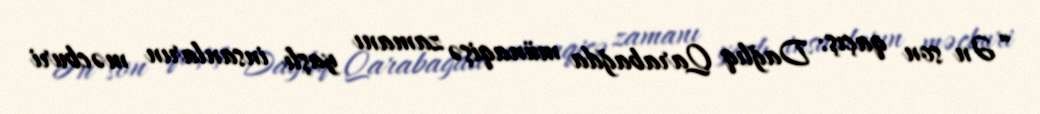
“Ən son qaçış: Dağlıq Qarabağda münaqişə zamanı yaşlı insanların məcburi